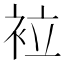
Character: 𧙀